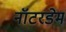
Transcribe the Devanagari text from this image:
नॉटरडेम